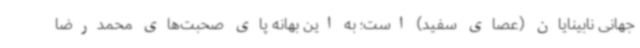
جهانی نابینایان (عصای سفید) است؛ به این بهانه پای صحبت‌های محمدرضا